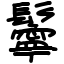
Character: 鬡